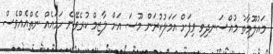
މައުލޫމާތު މުއްސަނދިވި ވިޕަށް އަމަލުކުރަން މޫސަ އަށް ލާޒިމް ކުރެވޭނެ ހަމައެއް ނެތްއެއްވެސް